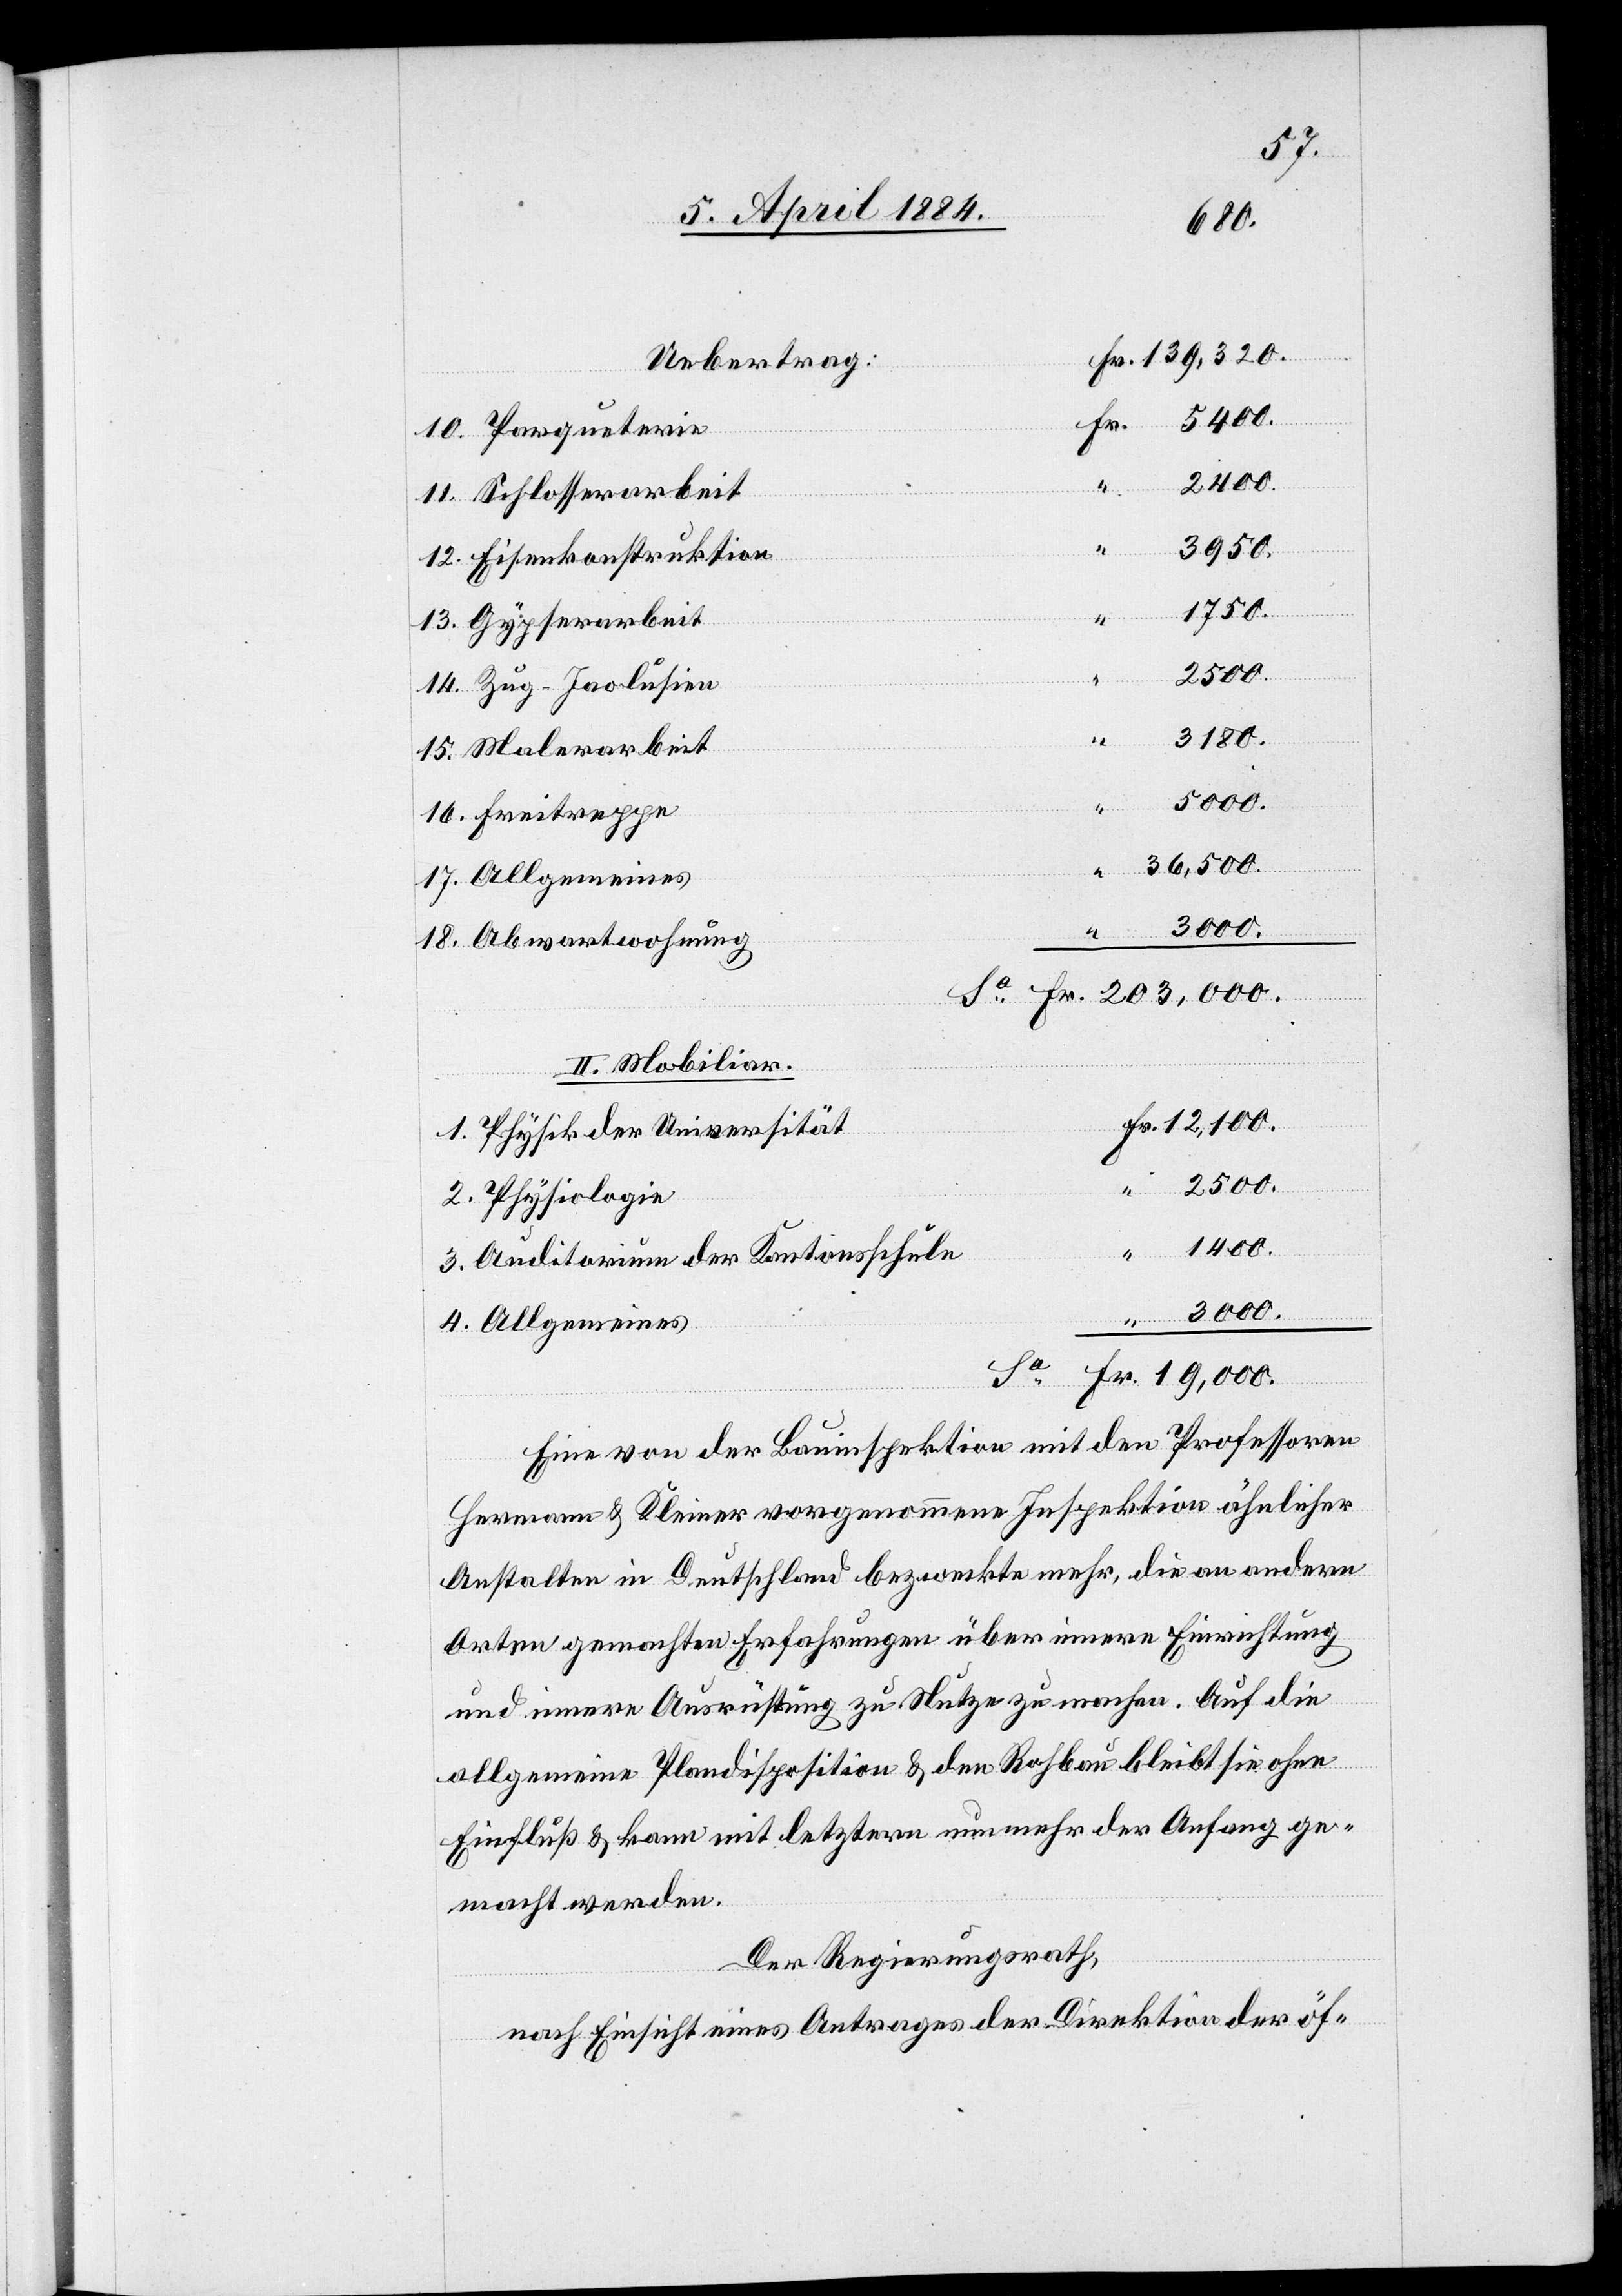
17.
All¬
Uebertrag
5400.
2400.
Schlosserarbeit
Eisenkonstruktion
“
1750.
13.
Gypserarbeit
2500.
3180.
3.
Malerarbeit
19,000.
36,500.
Freitreppe
3000.
1.
Abwartwohnung
II. Mobiliar.
gemeines
12,100.
Physik der Universität
4.
Physiologie
1400.
Auditorium der Kantonsschule
Fr.
Eine von der Bauinspektion mit den Professoren
Hermann & Kleiner vorgenommene Inspektion ähnlicher
Anstalten in Deutschland bezweckte mehr, die an andern
Orten gemachte Erfahrungen über innere Einrichtung
und innere Ausrüstung zu Nutze zu machen. Auf die
Sa
allgemeine Plandisposition & den Rohbau bleibt sie ohne
Einfluß & kann mit letztern nun mehr der Anfang ge¬
macht werden.
Der Regierungsrath,
nach Einsicht eines Antrages der Direktion der öf-